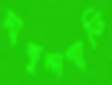
মাকুন্দগাতি